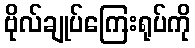
ဗိုလ်ချုပ်ကြေးရုပ်ကို